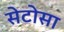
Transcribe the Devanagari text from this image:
सेटोसा